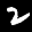
Label: 2